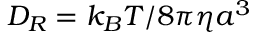
D _ { R } = k _ { B } T / 8 \pi \eta a ^ { 3 }